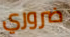
ضروري